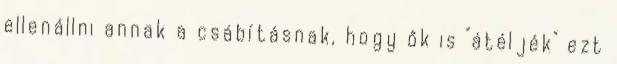
ellenállni annak a csábításnak, hogy ők is "átéljék" ezt